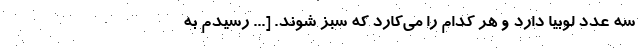
سه عدد لوبیا دارد و هر کدام را می‌کارد که سبز شوند. [... رسیدم به